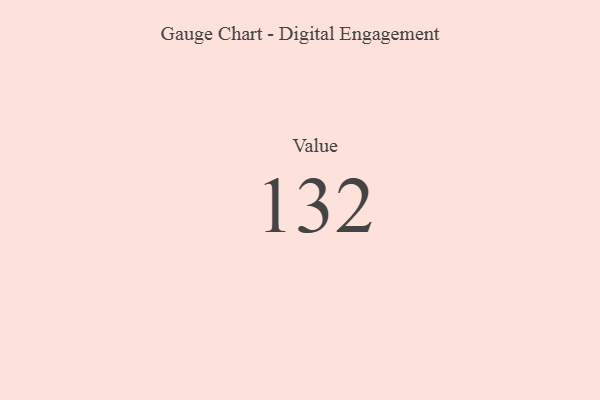
{"axis": {"x": "Metric", "y": "Value"}, "legend": [""], "data": [{"x": "Value", "y": 132, "type": ""}]}